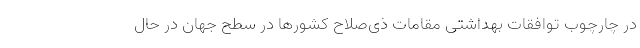
در چارچوب توافقات بهداشتی مقامات ذی‌صلاح کشورها در سطح جهان در حال